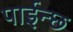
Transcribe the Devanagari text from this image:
पाईन्छ